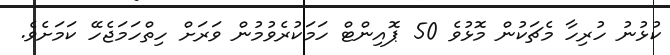
ކުޅުނު ހުރިހާ މެޗަކުން މޮޅުވެ 50 ޕޮއިންޓް ހަމަކުރެވުމުން ވަރަށް ހިތްހަމަޖެހޭ ކަމަށެވެ.